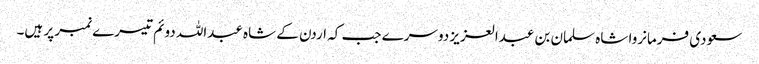
سعودی فرمانروا شاہ سلمان بن عبدالعزیز دوسرے جب کہ اردن کے شاہ عبداللہ دوئم تیسرے نمبر پر ہیں۔